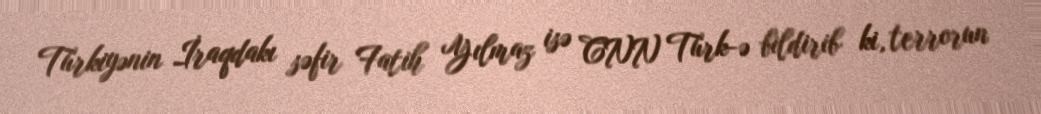
Türkiyənin İraqdakı səfir Fatih Yılmaz isə CNN Türk-ə bildirib ki, terrorun